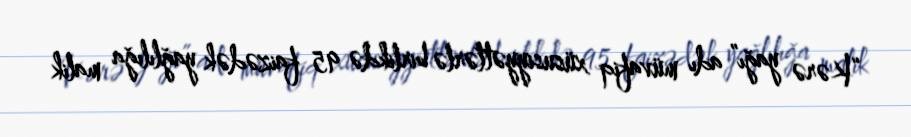
“Kərə yağı” adı müvafiq xüsusiyyətlərlə birlikdə 95 faizədək yağlılığa malik